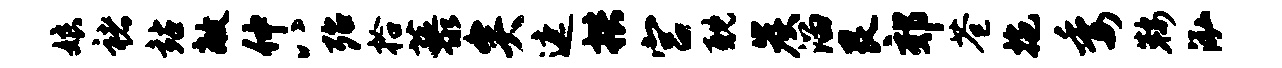
娘褚站敞仲八殆拾藜矣遮拱宫耽炭溜艮郊苍拖委鞍泓